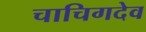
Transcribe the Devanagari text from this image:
चाचिगदेव